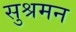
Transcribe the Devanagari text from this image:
सुश्रमन